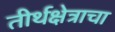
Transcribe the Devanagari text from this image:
तीर्थक्षेत्राचा